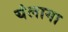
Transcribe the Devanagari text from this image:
यंलागा